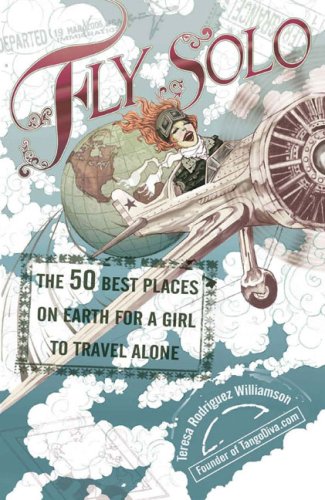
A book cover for Fly Solo: The 50 Best Places On Earth For a Girl to Travel Alone; Teresa Rodriguez Williamson; Travel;